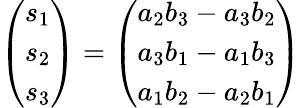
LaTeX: {\left(\begin{array}{l}{s_{1}}\\ {s_{2}}\\ {s_{3}}\end{array}\right)}={\left(\begin{array}{l}{a_{2}b_{3}-a_{3}b_{2}}\\ {a_{3}b_{1}-a_{1}b_{3}}\\ {a_{1}b_{2}-a_{2}b_{1}}\end{array}\right)}